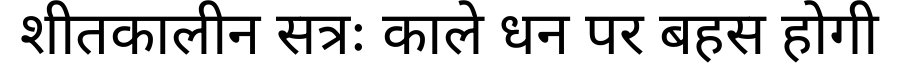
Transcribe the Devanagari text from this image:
शीतकालीन सत्रः काले धन पर बहस होगी